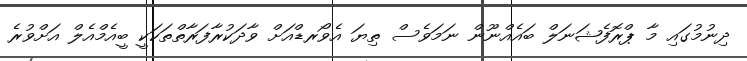
ދިނުމުގައި މާ ޕްރޮފެޝަނަލް ބައެއްނޫން ނަމަވެސް ތިޔަ އެވޯރޑްއަށް ވާދަކުރާފަރާތްތަކަކީ ބީއެމްއެލް އަށްވުރެ